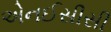
એનઈસીસી